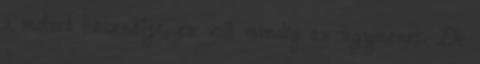
a motort használja, ez volt mindig az ügymenet. De